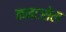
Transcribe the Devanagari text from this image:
कनटरोल